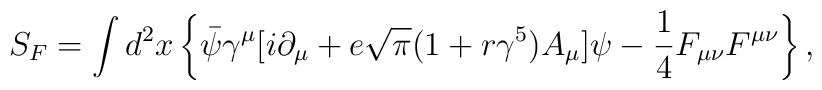
S_{F}=\int d^{2}x\left\{\bar{\psi}{\gamma}^{\mu}[i{\partial}_{\mu}+e\sqrt{\pi}(1+r{\gamma}^{5})A_{\mu}]{\psi}-{\frac 1 4}F_{{\mu}{\nu}}F^{{\mu}{\nu}}\right\},